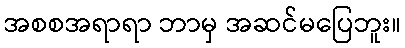
အစစအရာရာ ဘာမှ အဆင်မပြေဘူး။